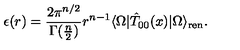
\epsilon ( r ) = \frac { 2 \pi ^ { n / 2 } } { \Gamma ( \frac { n } { 2 } ) } r ^ { n - 1 } \langle \Omega | \hat { T } _ { 0 0 } ( x ) | \Omega \rangle _ { \mathrm { r e n } } .